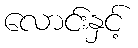
လောင်းနှင့်